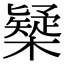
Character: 𣝆